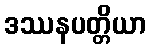
ဒဿနပတ္တိယာ